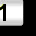
Digit: 1